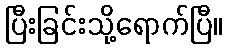
ပြီးခြင်းသို့ရောက်ပြီ။